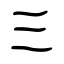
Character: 三